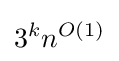
3^{k}n^{O(1)}